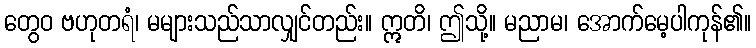
တွေဝ ဗဟုတရံ၊ မများသည်သာလျှင်တည်း။ ဣတိ၊ ဤသို့။ မညာမ၊ အောက်မေ့ပါကုန်၏။